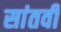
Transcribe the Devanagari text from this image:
सांतवीं